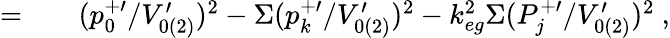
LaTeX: \begin{array}{rlr}{=}&{{}}&{(p_{0}^{+\prime}/V_{0(2)}^{\prime})^{2}-\Sigma(p_{k}^{+\prime}/V_{0(2)}^{\prime})^{2}-k_{eg}^{2}\Sigma(P_{j}^{+\prime}/V_{0(2)}^{\prime})^{2}~,}\end{array}